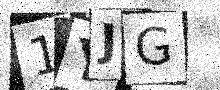
Text: 1YJG